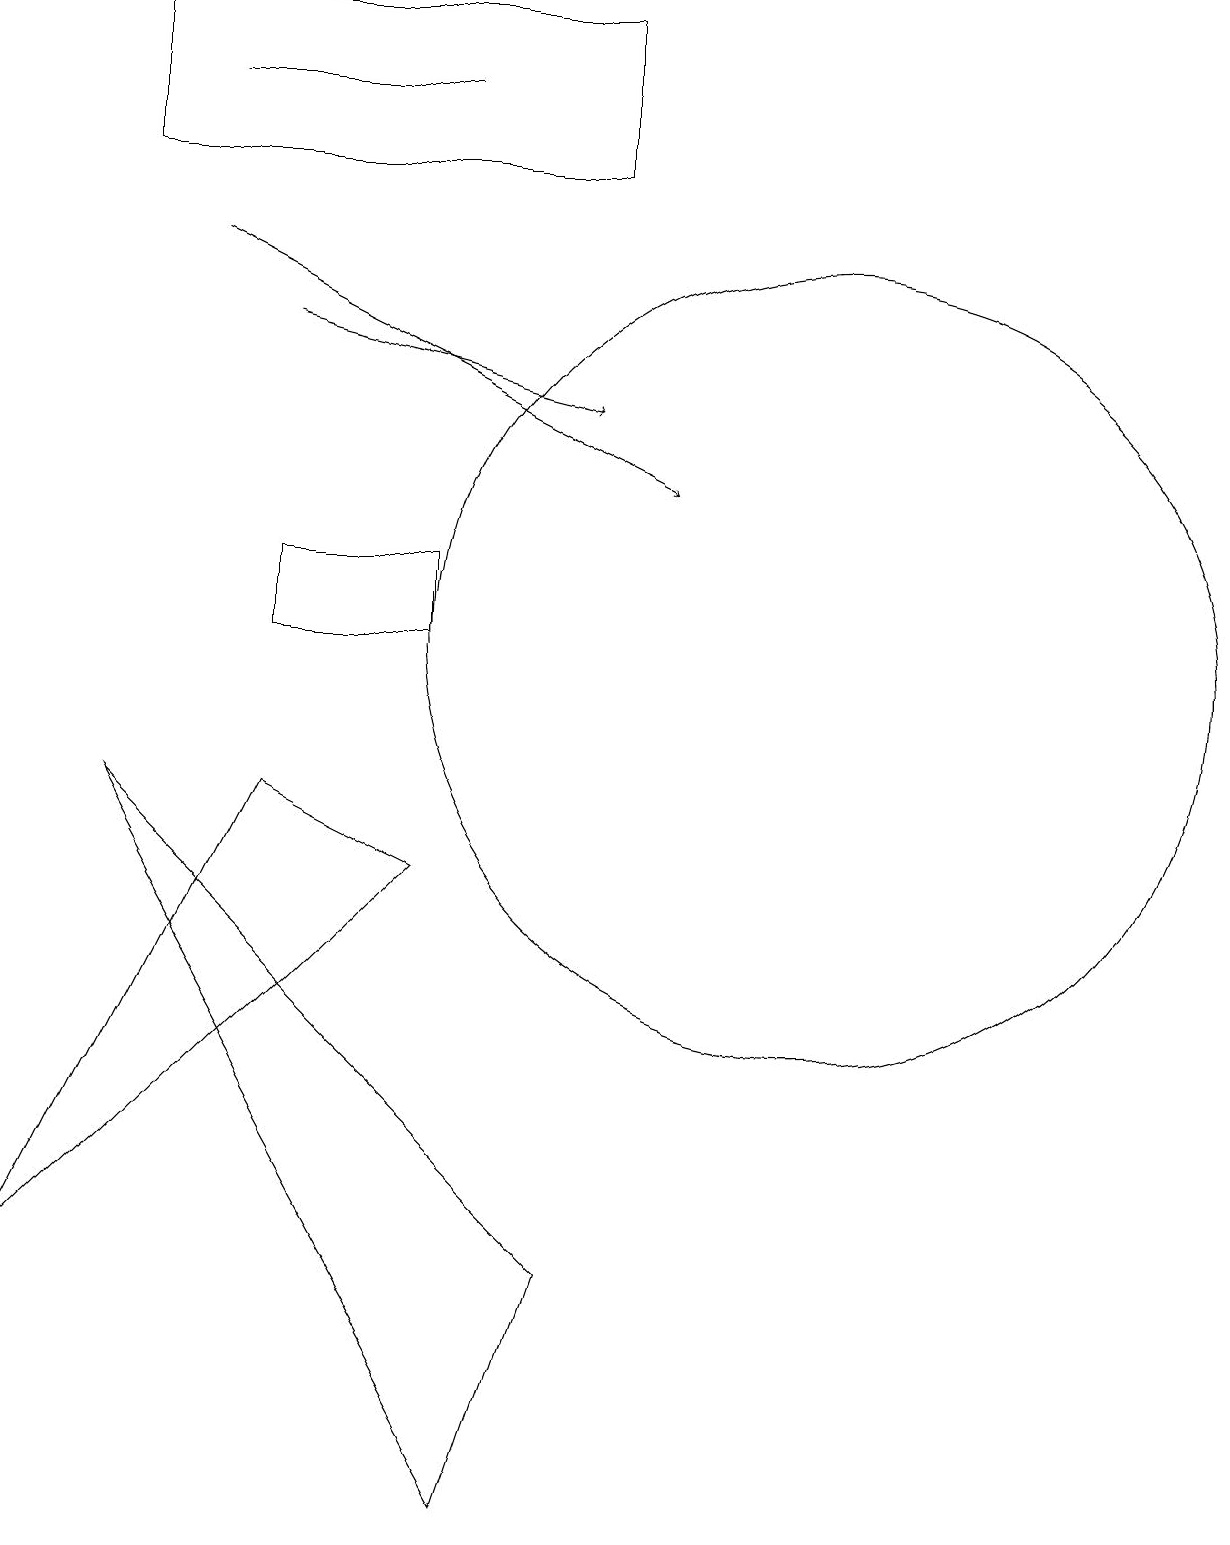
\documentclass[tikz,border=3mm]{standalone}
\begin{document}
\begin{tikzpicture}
\draw (1,9) -- (7,3) -- (6,0) -- cycle;
\draw (5,18) rectangle (2,18);
\draw[->] (3,15) -- (7,14);
\draw (3,9) -- (5,8) -- (0,3) -- cycle;
\draw (10,11) circle (5);
\draw (7,19) rectangle (1,17);
\draw[->] (2,16) -- (8,13);
\draw (3,11) rectangle (5,12);
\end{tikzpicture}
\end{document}